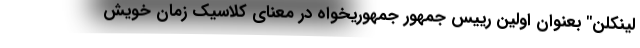
لینکلن" بعنوان اولین رییس جمهور جمهوریخواه در معنای کلاسیک زمان خویش